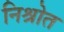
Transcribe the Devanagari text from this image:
निश्रोत